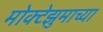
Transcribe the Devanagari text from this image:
मोक्टेझुमाच्या